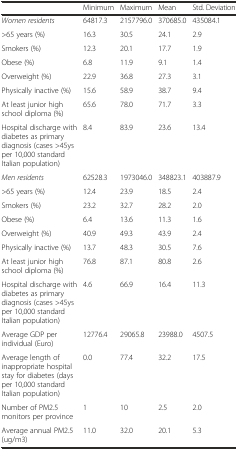
<table><thead><tr><td></td><td><b>Minimum</b></td><td><b>Maximum</b></td><td><b>Mean</b></td><td><b>Std. Deviation</b></td></tr></thead><tbody><tr><td><i>Women residents</i></td><td>64817.3</td><td>2157796.0</td><td>370685.0</td><td>435084.1</td></tr><tr><td>&gt;65 years (%)</td><td>16.3</td><td>30.5</td><td>24.1</td><td>2.9</td></tr><tr><td>Smokers (%)</td><td>12.3</td><td>20.1</td><td>17.7</td><td>1.9</td></tr><tr><td>Obese (%)</td><td>6.8</td><td>11.9</td><td>9.1</td><td>1.4</td></tr><tr><td>Overweight (%)</td><td>22.9</td><td>36.8</td><td>27.3</td><td>3.1</td></tr><tr><td>Physically inactive (%)</td><td>15.6</td><td>58.9</td><td>38.7</td><td>9.4</td></tr><tr><td>At least junior high school diploma (%)</td><td>65.6</td><td>78.0</td><td>71.7</td><td>3.3</td></tr><tr><td>Hospital discharge with diabetes as primary diagnosis (cases &gt;45ys per 10,000 standard Italian population)</td><td>8.4</td><td>83.9</td><td>23.6</td><td>13.4</td></tr><tr><td><i>Men residents</i></td><td>62528.3</td><td>1973046.0</td><td>348823.1</td><td>403887.9</td></tr><tr><td>&gt;65 years (%)</td><td>12.4</td><td>23.9</td><td>18.5</td><td>2.4</td></tr><tr><td>Smokers (%)</td><td>23.2</td><td>32.7</td><td>28.2</td><td>2.0</td></tr><tr><td>Obese (%)</td><td>6.4</td><td>13.6</td><td>11.3</td><td>1.6</td></tr><tr><td>Overweight (%)</td><td>40.9</td><td>49.3</td><td>43.9</td><td>2.4</td></tr><tr><td>Physically inactive (%)</td><td>13.7</td><td>48.3</td><td>30.5</td><td>7.6</td></tr><tr><td>At least junior high school diploma (%)</td><td>76.8</td><td>87.1</td><td>80.8</td><td>2.6</td></tr><tr><td>Hospital discharge with diabetes as primary diagnosis (cases &gt;45ys per 10,000 standard Italian population)</td><td>4.6</td><td>66.9</td><td>16.4</td><td>11.3</td></tr><tr><td>Average GDP per individual (Euro)</td><td>12776.4</td><td>29065.8</td><td>23988.0</td><td>4507.5</td></tr><tr><td>Average length of inappropriate hospital stay for diabetes (days per 10,000 standard Italian population)</td><td>0.0</td><td>77.4</td><td>32.2</td><td>17.5</td></tr><tr><td>Number of PM2.5 monitors per province</td><td>1</td><td>10</td><td>2.5</td><td>2.0</td></tr><tr><td>Average annual PM2.5 (ug/m3)</td><td>11.0</td><td>32.0</td><td>20.1</td><td>5.3</td></tr></tbody></table>